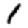
Digit: 1